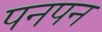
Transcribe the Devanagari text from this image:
पनपन